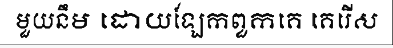
មួយនឹម ដោយឡែកពួកគេ គេរើស